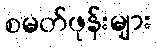
စမတ်ဖုန်းများ